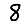
Digit: 8